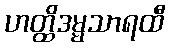
ဟတ္ထိဒမ္မသာရထီ